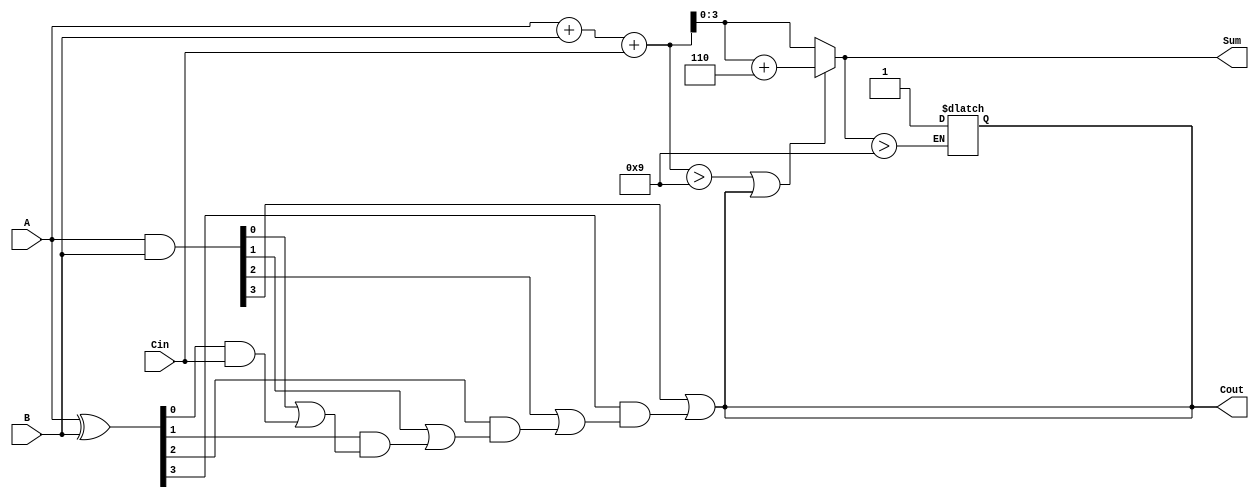
module BCD_Carry_Lookahead_Adder (
    input [3:0] A,    // 4-bit BCD input A
    input [3:0] B,    // 4-bit BCD input B
    input Cin,        // Carry-in
    output reg [3:0] Sum, // 4-bit BCD Sum output
    output reg Cout    // Carry-out
);
    // Internal signals for carry logic
    wire [3:0] G;    // Generate
    wire [3:0] P;    // Propagate
    wire C1, C2, C3; // Carry signals

    // Generate and Propagate signals
    assign G = A & B;        // Generate: G_i = A_i & B_i
    assign P = A ^ B;        // Propagate: P_i = A_i ^ B_i

    // Carry Lookahead Logic
    assign C1 = G[0] | (P[0] & Cin);
    assign C2 = G[1] | (P[1] & C1);
    assign C3 = G[2] | (P[2] & C2);
    assign Cout = G[3] | (P[3] & C3);
    
    // Binary Sum calculation
    wire [4:0] binary_sum = A + B + Cin; // 5 bits to capture possible overflow

    // BCD Correction Logic
    always @(*) begin
        if (binary_sum > 9 || Cout) begin
            // If the sum exceeds 9 or there is a carry out, add 6 (0110)
            Sum = binary_sum[3:0] + 4'b0110;  // Correcting the sum
        end else begin
            Sum = binary_sum[3:0];             // No correction needed
        end
        Cout = (Sum > 9) ? 1'b1 : Cout;       // Set Cout if corrected sum exceeds 9
    end

endmodule